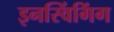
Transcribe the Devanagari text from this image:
इनस्विंगिंग